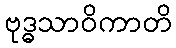
ဗုဒ္ဓသာဝိကာတိ